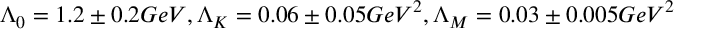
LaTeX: \Lambda _ { 0 } = 1 . 2 \pm 0 . 2 G e V , \Lambda _ { K } = 0 . 0 6 \pm 0 . 0 5 G e V ^ { 2 } , \Lambda _ { M } = 0 . 0 3 \pm 0 . 0 0 5 G e V ^ { 2 }